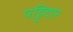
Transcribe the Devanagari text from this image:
पट्टिदार